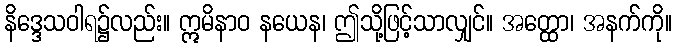
နိဒ္ဒေသဝါရ၌လည်း။ ဣမိနာဝ နယေန၊ ဤသို့ဖြင့်သာလျှင်။ အတ္ထော၊ အနက်ကို။